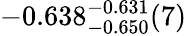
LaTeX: -0.638_{-0.650}^{-0.631}(7)